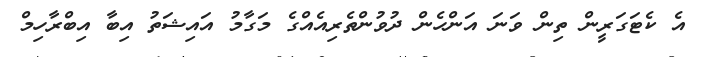
އެ ކެޓަގަރީން ތިން ވަނަ އަންހެން ދުވުންތެރިއެެއްގެ މަގާމު އައިޝަތު އިބާ އިބްރާހިމް